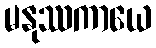
မနုဿကာယေ